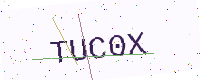
Text: TUC0X